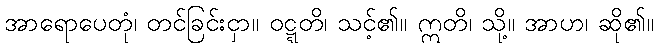
အာရောပေတုံ၊ တင်ခြင်းငှာ။ ဝဋ္ဋတိ၊ သင့်၏။ ဣတိ၊ သို့။ အာဟ၊ ဆို၏။